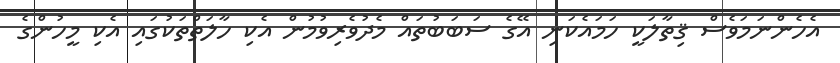
އެހެންނަމަވެސް ޤިތާލަކީ ހަމައެކަނި އޭގެ ސަބަބުތައް މެދުވެރިވުމުން އެކި ހާލަތްތަކުގައި އެކި މީހުންގެ